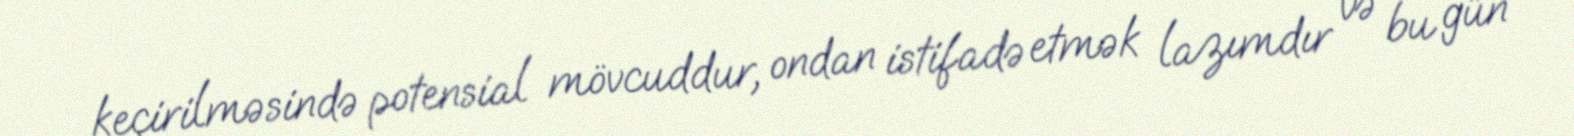
keçirilməsində potensial mövcuddur, ondan istifadə etmək lazımdır və bu gün